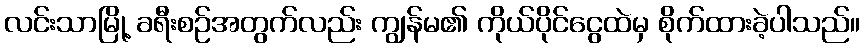
လင်းသာမြို့ ခရီးစဉ်အတွက်လည်း ကျွန်မ၏ ကိုယ်ပိုင်ငွေထဲမှ စိုက်ထားခဲ့ပါသည်။